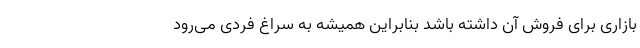
بازاری برای فروش آن داشته باشد بنابراین همیشه به سراغ فردی می‌رود